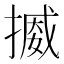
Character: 𢳒